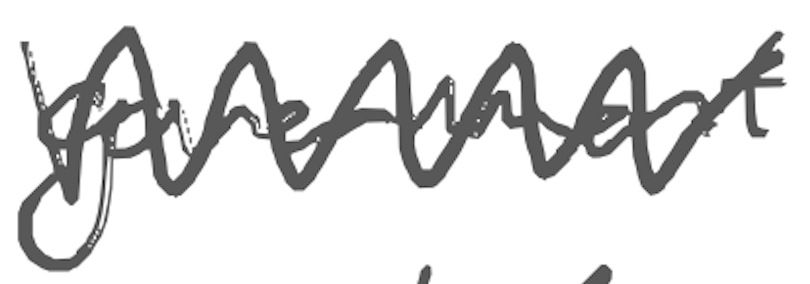
Text: Government
Cross-out: zig-zag
Writing tool: digital_gray